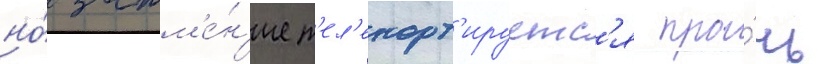
но́ затм'е́н'ие т'ел'епорт'ируетс'я про́чь